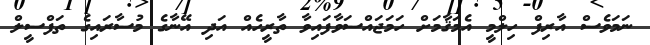
ނަމަވެސް އާރިފް ހިލްމީ އެމަޤާމަށް ހަމަޖައްސަވާފައިވާ ތާރީހެއް އަދި އޭނާގެ މުސާރައިގެ ތަފްސީލް